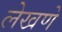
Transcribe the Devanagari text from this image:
लेखणे